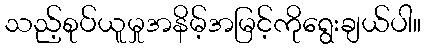
သည့်စုပ်ယူမှုအနိမ့်အမြင့်ကိုရွေးချယ်ပါ။